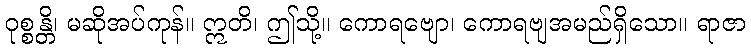
ဝုစ္စန္တိ၊ မဆိုအပ်ကုန်။ ဣတိ၊ ဤသို့။ ကောရဗျော၊ ကောရဗျအမည်ရှိသော။ ရာဇာ